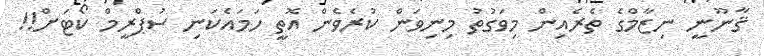
ޤާނޫނީ ނިޒާމްގެ ތެރެއިން މިވަގުތު މިނިވަން ކުރެވެން އޮތީ ހަމައެކަނި ސުޕްރީމް ކޯޓަށް!!